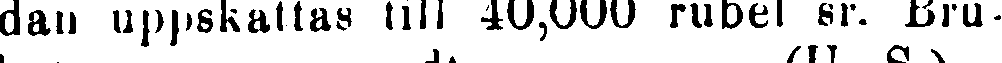
dan uppskattas till 40,000 rubel sr. Bru-